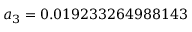
a _ { 3 } = 0 . 0 1 9 2 3 3 2 6 4 9 8 8 1 4 3